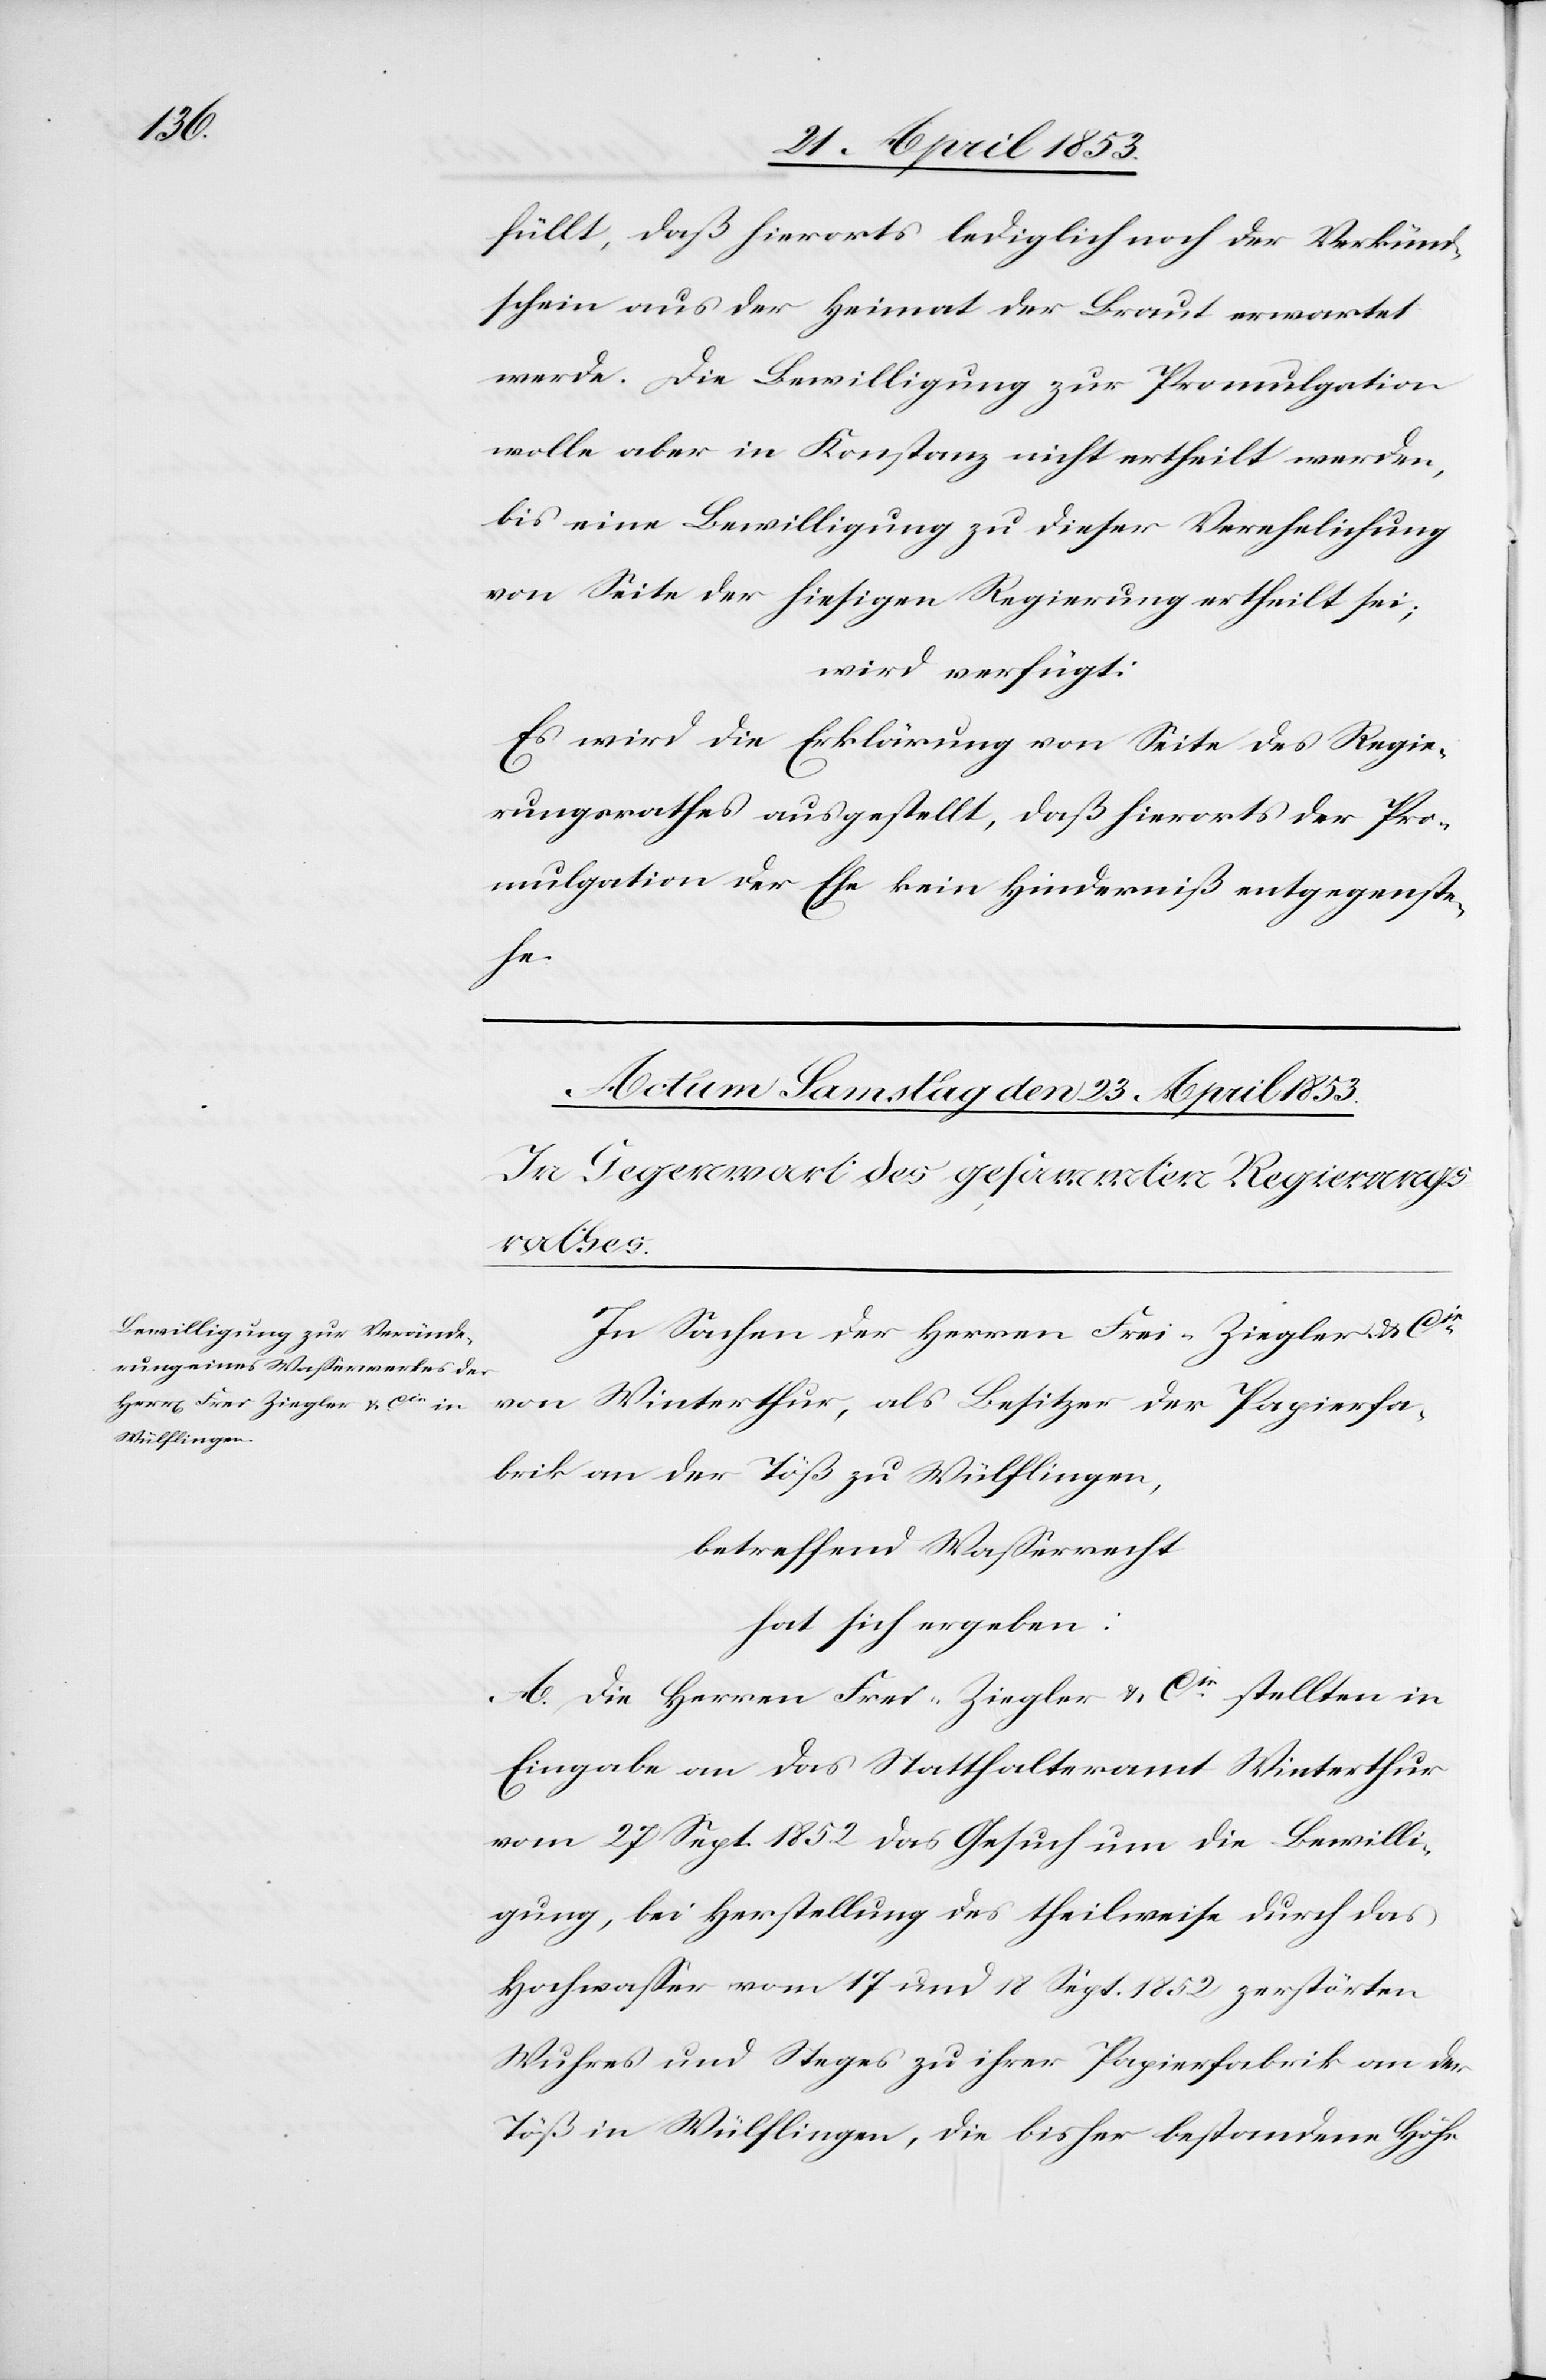
füllt, daß hierorts lediglich noch der Verkünd¬
schein aus der Heimat der Braut erwartet
werde. Die Bewilligung zur Promulgation
wolle aber in Konstanz nicht ertheilt werden,
bis eine Bewilligung zu dieser Verehelichung
von Seite der hiesigen Regierung ertheilt sei;
wird verfügt:
Es wird die Erklärung von Seite des Regie¬
rungsrathes ausgestellt, daß hierorts der Pro¬
mulgation der Ehe kein Hinderniß entgegenste¬
he.
In Sachen der Herrn Frei-Ziegler u. Cie
von Winterthur, als Besitzer der Papierfa¬
brik an der Töß zu Wülflingen,
betreffend Waßerkraft
hat sich ergeben:
A. Die Herrn Frei-Ziegler u. Cie. stellten in
Eingabe an das Statthalteramt Winterthur
vom 27 Sept. 1852 das Gesuch um die Bewilli¬
gung, bei Herstellung des theilweise durch das
Hochwaßer vom 17 und 18 Sept. 1852 zerstörten
Wuhres und Steges zu ihrer Papierfabrik an der
Töß in Wülflingen, die bisher bestandene Höhe